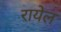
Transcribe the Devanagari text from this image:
रायेल